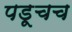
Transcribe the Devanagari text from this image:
पडूचच